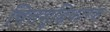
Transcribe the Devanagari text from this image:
चित्तशुद्धिकारक